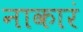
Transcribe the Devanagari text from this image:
नाकारं